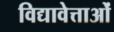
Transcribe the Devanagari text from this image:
विद्यावेत्ताओं